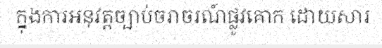
ក្នុងការអនុវត្តច្បាប់ចរាចរណ៍ផ្លូវគោក ដោយសារ